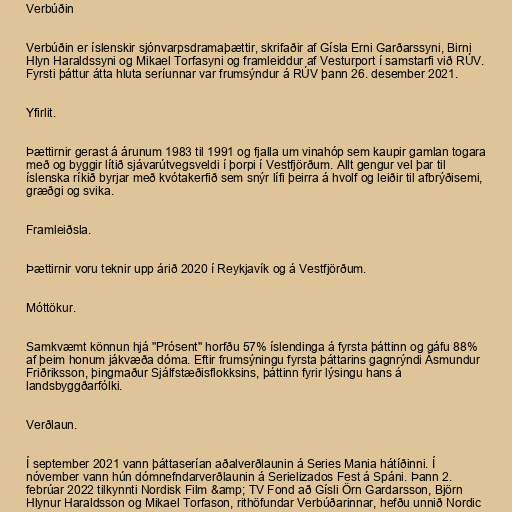
Verbúðin

Verbúðin er íslenskir sjónvarpsdramaþættir, skrifaðir af Gísla Erni Garðarssyni, Birni
Hlyn Haraldssyni og Mikael Torfasyni og framleiddur af Vesturport í samstarfi við RÚV.
Fyrsti þáttur átta hluta seríunnar var frumsýndur á RÚV þann 26. desember 2021.

Yfirlit.

Þættirnir gerast á árunum 1983 til 1991 og fjalla um vinahóp sem kaupir gamlan togara
með og byggir lítið sjávarútvegsveldi í þorpi í Vestfjörðum. Allt gengur vel þar til
íslenska ríkið byrjar með kvótakerfið sem snýr lífi þeirra á hvolf og leiðir til afbrýðisemi,
græðgi og svika.

Framleiðsla.

Þættirnir voru teknir upp árið 2020 í Reykjavík og á Vestfjörðum.

Móttökur.

Samkvæmt könnun hjá "Prósent" horfðu 57% íslendinga á fyrsta þáttinn og gáfu 88%
af þeim honum jákvæða dóma. Eftir frumsýningu fyrsta þáttarins gagnrýndi Ásmundur
Friðriksson, þingmaður Sjálfstæðisflokksins, þáttinn fyrir lýsingu hans á
landsbyggðarfólki.

Verðlaun.

Í september 2021 vann þáttaserían aðalverðlaunin á Series Mania hátíðinni. Í
nóvember vann hún dómnefndarverðlaunin á Serielizados Fest á Spáni. Þann 2.
febrúar 2022 tilkynnti Nordisk Film &amp; TV Fond að Gísli Örn Gardarsson, Björn
Hlynur Haraldsson og Mikael Torfason, rithöfundar Verbúðarinnar, hefðu unnið Nordic